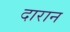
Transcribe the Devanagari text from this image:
दारान